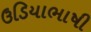
ઉડિયાભાષી